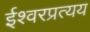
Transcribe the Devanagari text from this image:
ईश्वरप्रत्यय